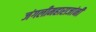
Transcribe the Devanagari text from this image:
जंगलीमहाराजांनी